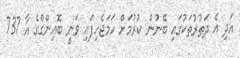
އަދި އެ ދަތުރުތަކުގައި ބޭނުން ކުރުމަށް ހަމަޖެހިފައި ވަނީ ބޮއިންގްގެ އާ 737